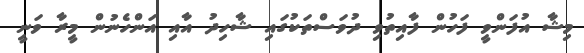
މިޝާ އުފަންވީ ފަހުން ފާއިތުވި ދުވަސްތަކުގައި ޝާހިދު އާއި އަންހެނުން މީރާ ވަނީ